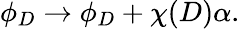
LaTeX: \phi_{D}\rightarrow\phi_{D}+\chi(D)\alpha.